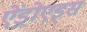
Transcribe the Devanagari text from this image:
ऐंड्रोएड्स